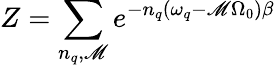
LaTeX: Z=\sum_{n_{q},\mathscr{M}}e^{-n_{q}(\omega_{q}-\mathscr{M}\Omega_{0})\beta}